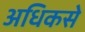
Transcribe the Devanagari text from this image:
अधिकसे